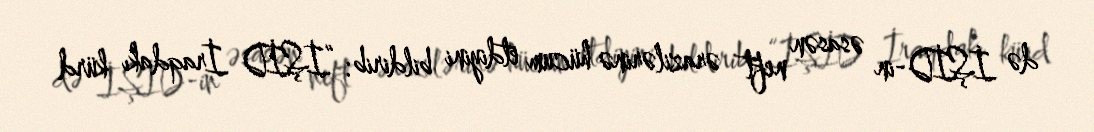
də İŞİD-in əsasən neft ərazilərinə hücum etdiyini bildirib: “İŞİD İraqdakı kürd